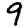
Digit: 9